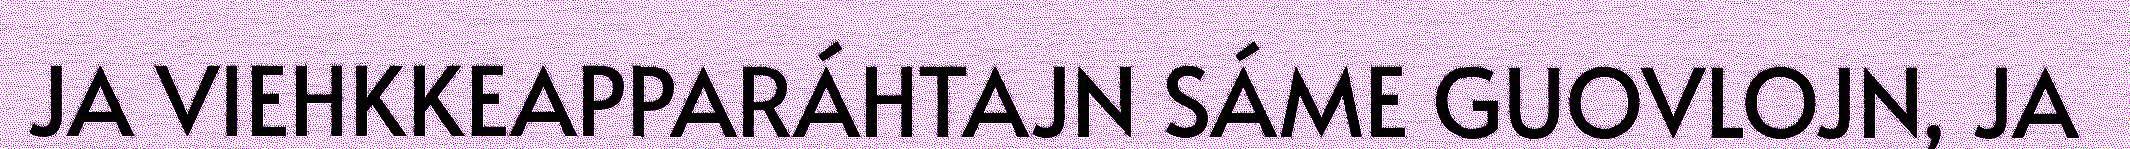
JA VIEHKKEAPPARÁHTAJN SÁME GUOVLOJN, JA